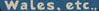
Wales, etc..